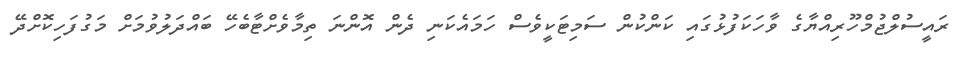
ރައީސުލްޖުމްހޫރިއްޔާގެ ވާހަކަފުޅުގައި ކަންކުން ސަމިޓަކީވެސް ހަމައެކަނި ދެން އޮންނަ ތިމާވެށްޓާބެހޭ ބައްދަލުވުމަށް މަގުފަހިކޮށްދޭ